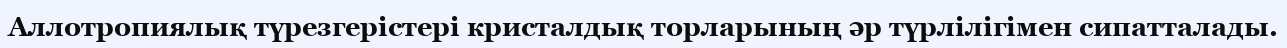
Аллотропиялық түрезгерістері кристалдық торларының әр түрлілігімен сипатталады.